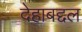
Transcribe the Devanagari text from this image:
देहाबद्दल